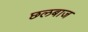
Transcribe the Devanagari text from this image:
छलबाज